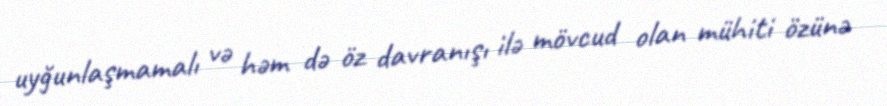
uyğunlaşmamalı və həm də öz davranışı ilə mövcud olan mühiti özünə